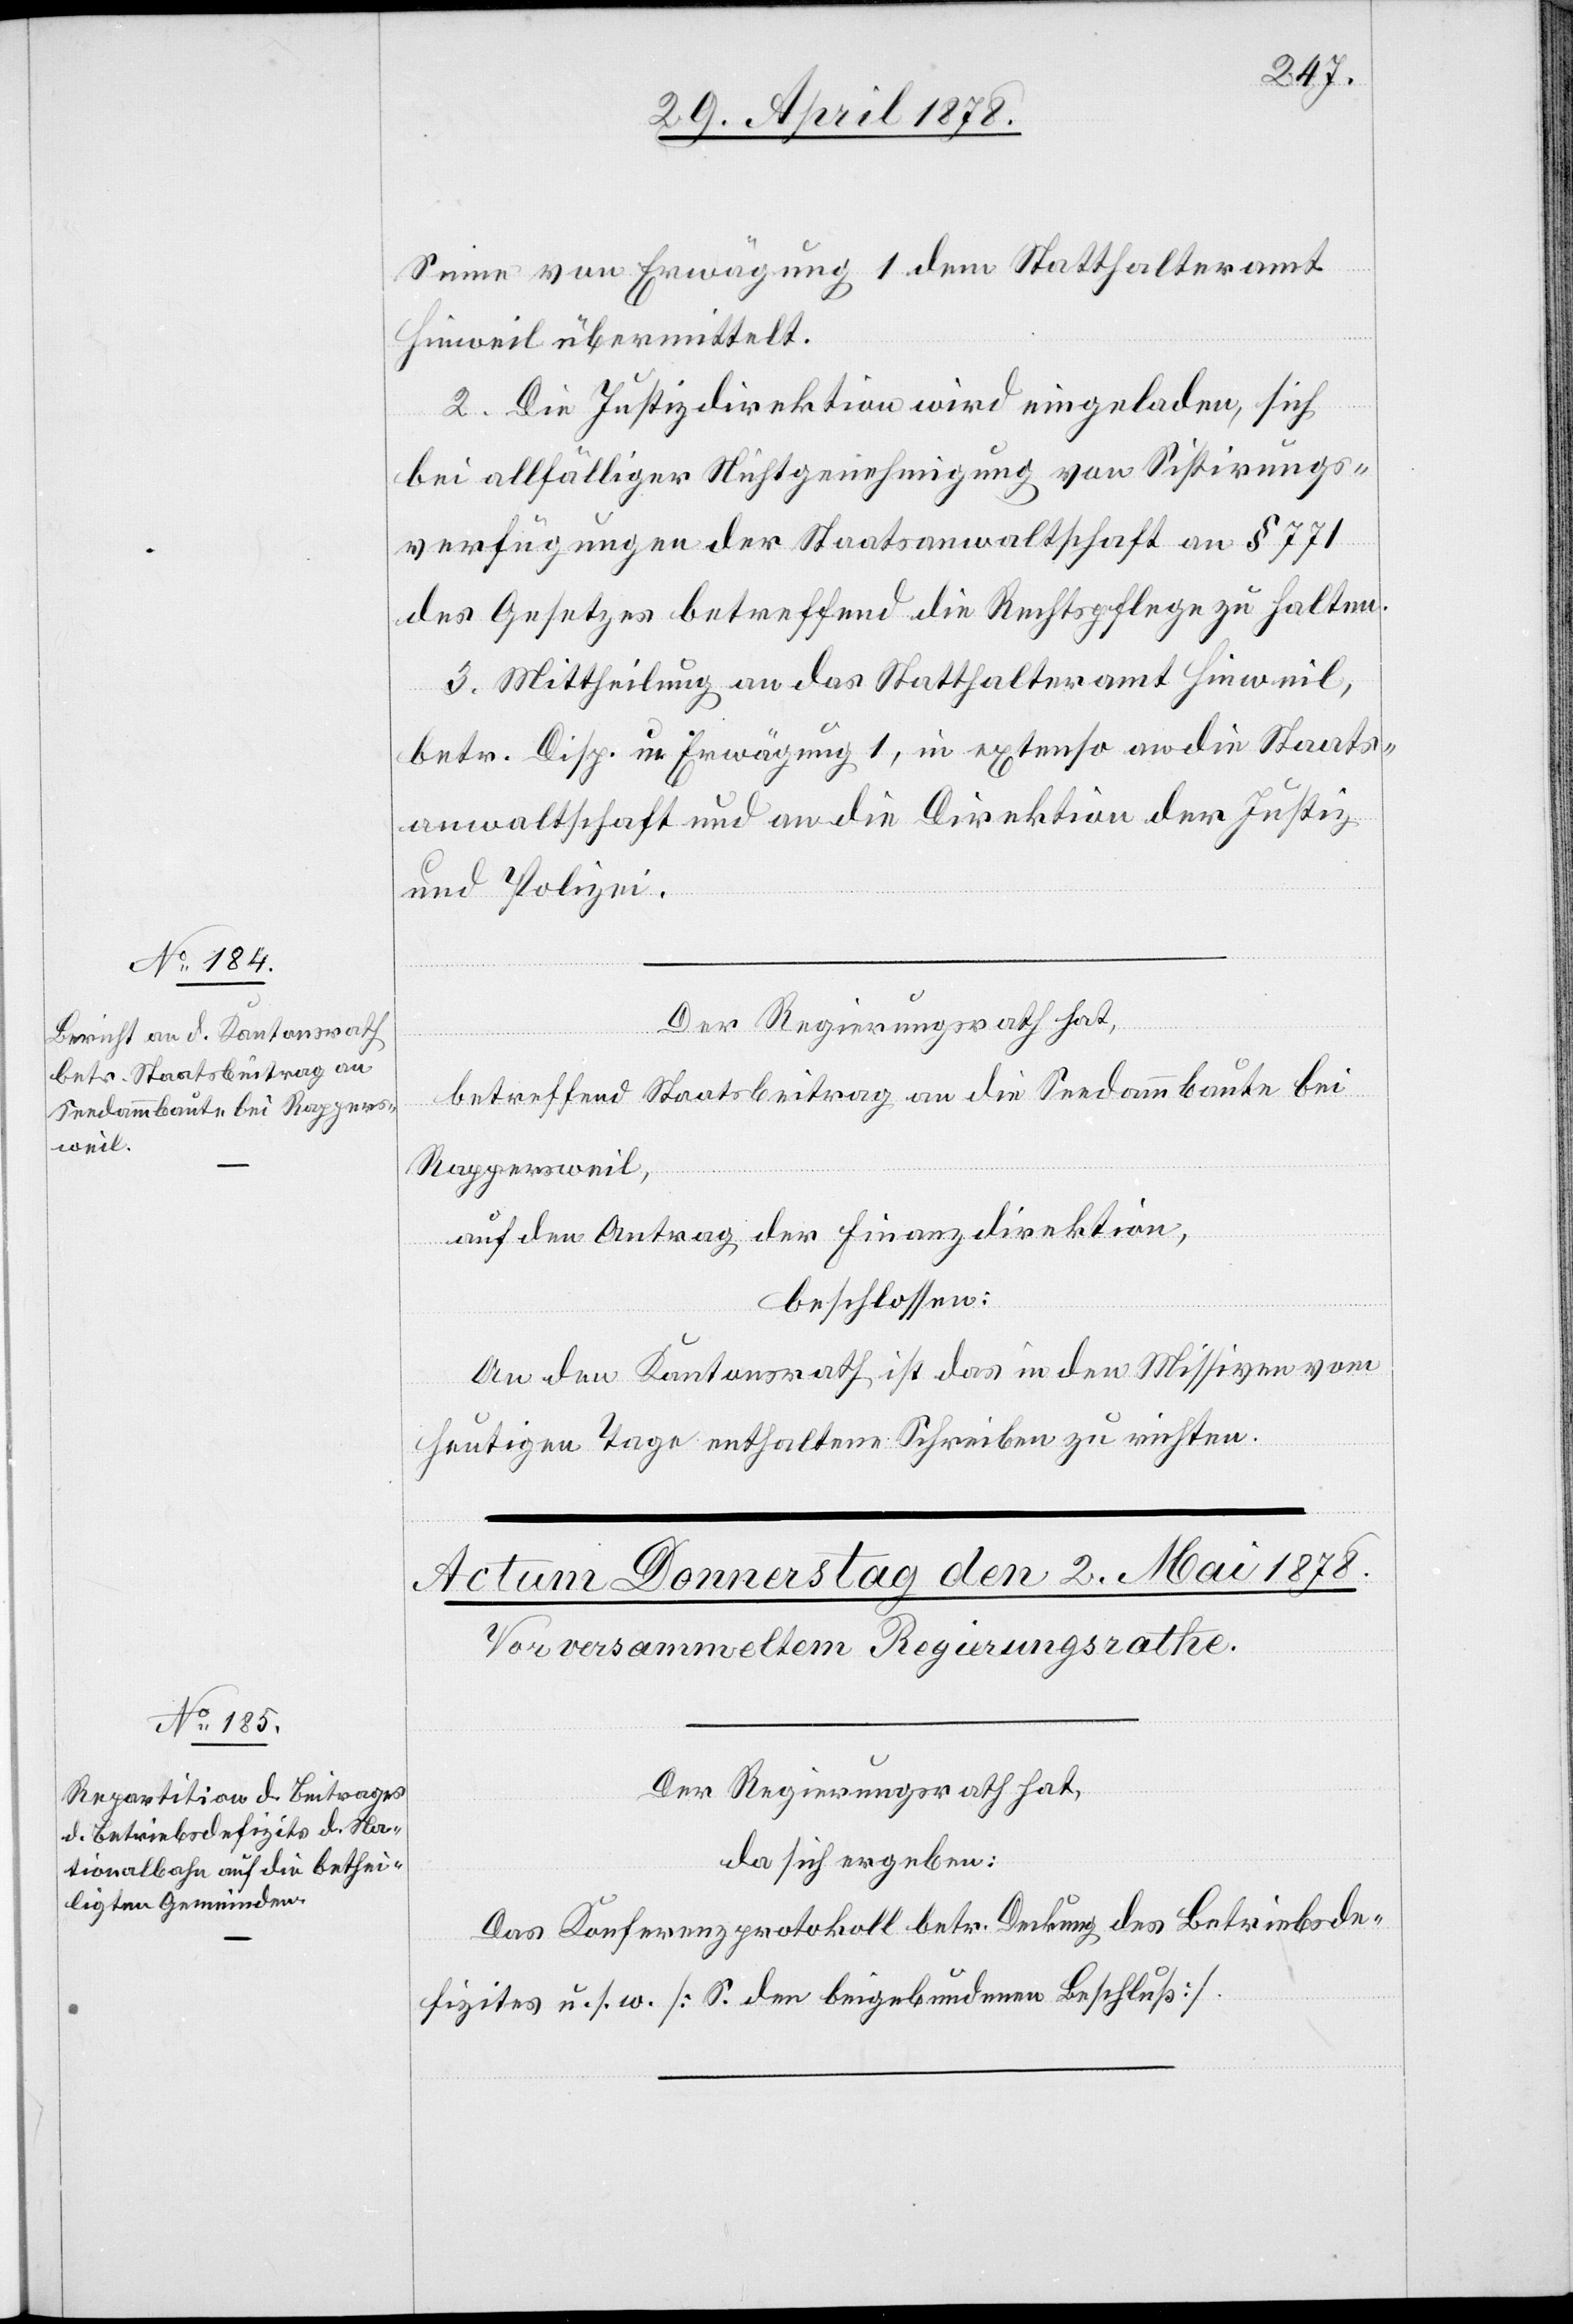
Sinne von Erwägung 1 dem Statthalteramt
Hinweil übermittelt.
2. Die Justizdirektion wird eingeladen, sich
bei allfälliger Nichtgenehmigung von Sistirungs¬
verfügungen der Staatsanwaltschaft an § 771
des Gesetzes betreffend die Rechtspflege zu halten.
3. Mittheilung an das Statthalteramt Hinweil,
betr. Disp. um Erwägung 1, in extenso an die Staats¬
anwaltschaft und an die Direktion der Justiz
und Polizei.
Der Regierungsrath hat,
betreffend Staatsbeitrag an die Seedammbaute bei
Rappersweil,
auf den Antrag der Finanzdirektion,
beschlossen:
An den Kantonsrath ist das in den Missiven vom
heutigen Tage enthaltene Schreiben zu richten.
Der Regierungsrath hat,
da sich ergeben:
Das Konferenzprotokoll betr. Deckung des Betriebsde¬
fizits u. s. w. [S. den beigebundenen Beschluß].